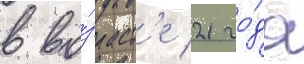
в во́зраст'е 21 го́да